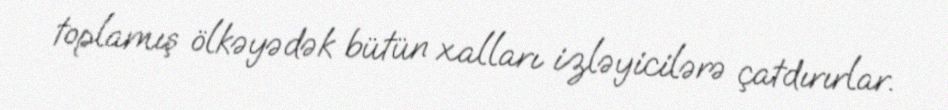
toplamış ölkəyədək bütün xalları izləyicilərə çatdırırlar.